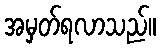
အမှတ်ရလာသည်။